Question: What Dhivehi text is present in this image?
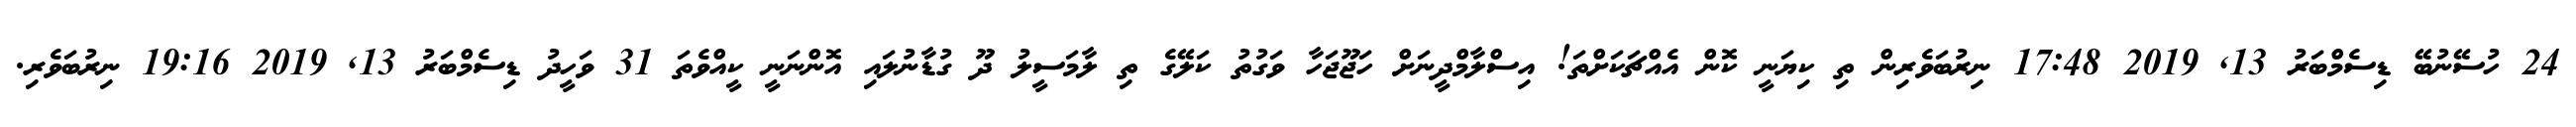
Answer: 24 ހުސޭނުބޭ ޑިސެމްބަރު 13, 2019 17:48 ނިރުބަވެރިން ތި ކިޔަނީ ކޮން އެއްޗަކަށްތަ! އިސްލާމްދީނަށް ހަޖޫޖަހާ ވަގުތު ކަލޭގެ ތި ލާމަސީލު ދޫ ގުޑާނުލައި އޮންނަނީ ކީއްވެތަ 31 ވަހީދު ޑިސެމްބަރު 13, 2019 19:16 ނިރުބަވެރި.